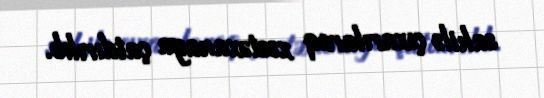
sahilə çıxarılaraq xəstəxanaya çatdırılıb.